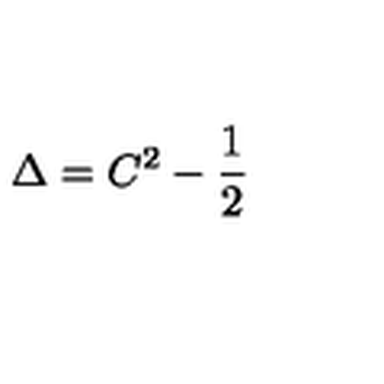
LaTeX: \Delta = C ^ { 2 } - { \frac { 1 } { 2 } }